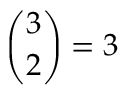
{ \binom { 3 } { 2 } } = 3